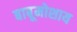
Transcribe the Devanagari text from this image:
बाबूमोशाय